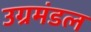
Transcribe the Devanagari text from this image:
उग्रमंडल